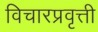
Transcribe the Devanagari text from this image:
विचारप्रवृत्ती